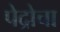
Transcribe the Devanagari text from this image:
पेद्रोचा